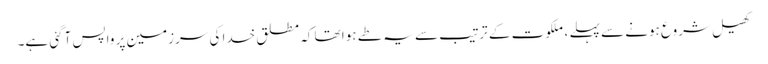
کھیل شروع ہونے سے پہلے ، ملکوت کے ترتیب سے یہ طے ہوا تھا کہ مطلق خدا کی سرزمین پر واپس آگئی ہے۔